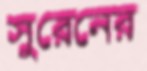
সুরেনের